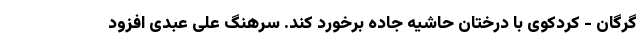
گرگان - کردکوی با درختان حاشیه جاده برخورد کند. سرهنگ علی عبدی افزود